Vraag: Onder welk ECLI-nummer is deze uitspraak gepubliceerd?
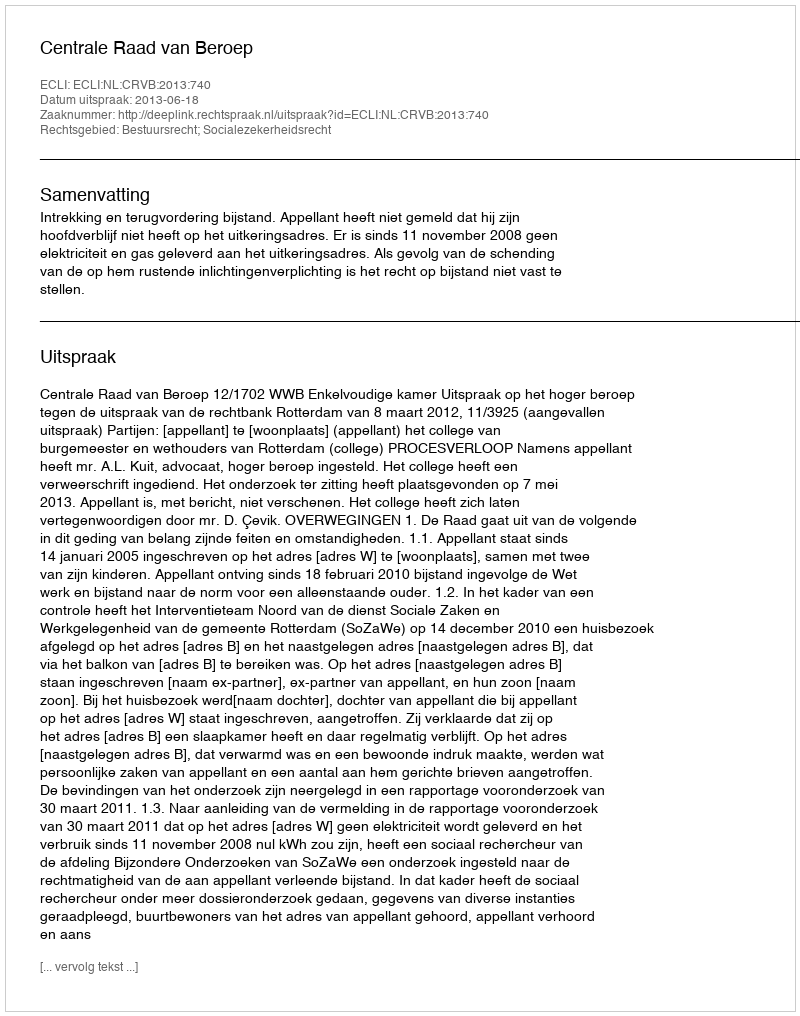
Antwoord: ECLI:NL:CRVB:2013:740